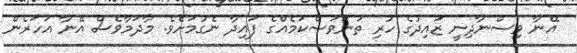
އޭނާ ވިސްނާދިނީ ޒައިދުގެ ހުރި ތަނަވަސްކަމެއްގެ ފައިދާ ނެގުމަށެވެ. މާދަމާވެސް އޭނާ އަހަރެން